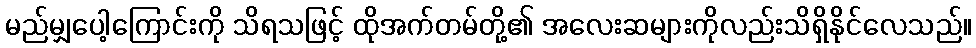
မည်မျှပေါ့ကြောင်းကို သိရသဖြင့် ထိုအက်တမ်တို့၏ အလေးဆများကိုလည်းသိရှိနိုင်လေသည်။